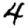
Digit: 4